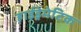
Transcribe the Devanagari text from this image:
हाईड्रेमेटिक